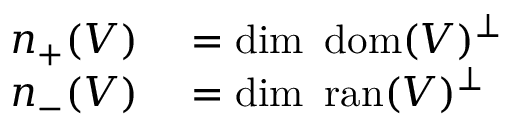
\begin{array} { r l } { n _ { + } ( V ) } & { { } = \dim \ \operatorname { d o m } ( V ) ^ { \perp } } \\ { n _ { - } ( V ) } & { { } = \dim \ \operatorname { r a n } ( V ) ^ { \perp } } \end{array}